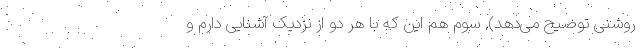
روشنی توضیح می‌دهد). سوم هم این که با هر دو از نزدیک آشنایی دارم و